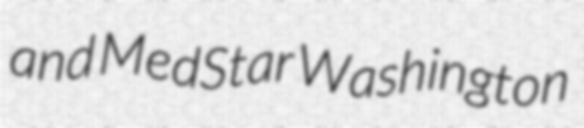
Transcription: and MedStar Washington